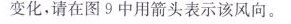
变化，请在图9中用箭头表示该风向。